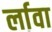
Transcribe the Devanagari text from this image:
र्लावा